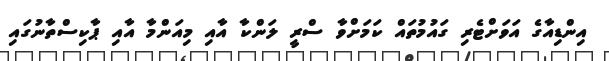
އިންޑިއާގެ އަވަށްޓެރި ގައުމުތައް ކަމަށްވާ ސްރީ ލަންކާ އާއި މިއަންމާ އާއި ޕާކިސްތާނުގައި